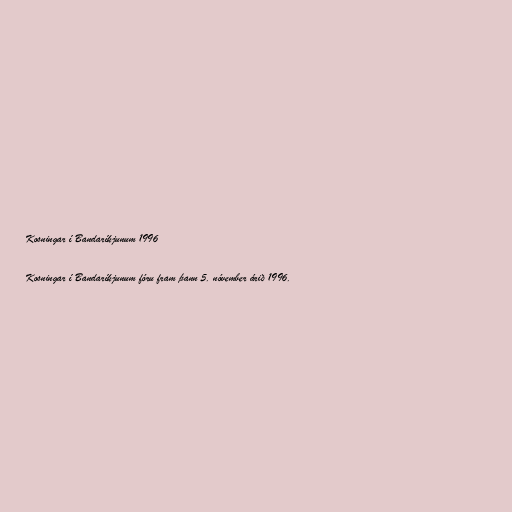
Kosningar í Bandaríkjunum 1996

Kosningar í Bandaríkjunum fóru fram þann 5. nóvember árið 1996.